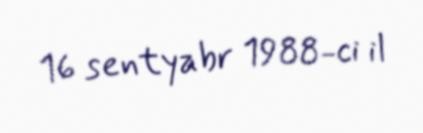
16 sentyabr 1988-ci il